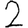
Digit: 2